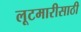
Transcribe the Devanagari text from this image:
लूटमारीसाठी